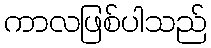
ကာလဖြစ်ပါသည်